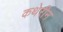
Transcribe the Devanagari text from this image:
कथेरीन